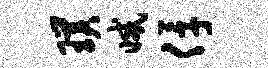
璞减俘